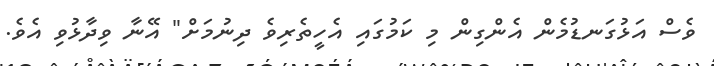
ވެސް އަޅުގަނޑުމެން އެންގިން މި ކަމުގައި އެހީތެރިވެ ދިނުމަށް" އޭނާ ވިދާޅުވި އެވެ.